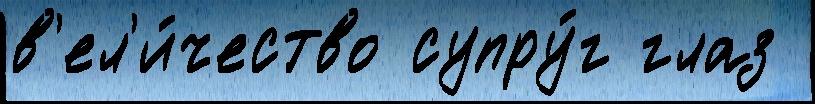
в'ел'и́чество супру́г глаз